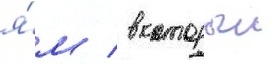
я́м / в которыи